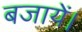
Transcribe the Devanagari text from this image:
बजायें।